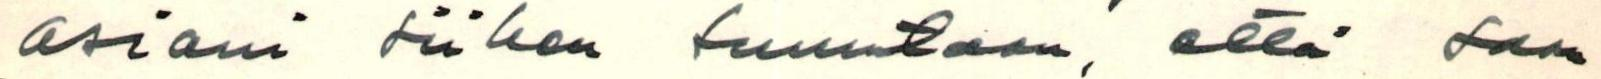
asiani siihen suuntaan, että saan